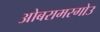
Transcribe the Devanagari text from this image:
ओबरामरगोउ